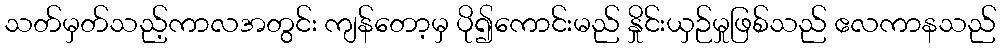
သတ်မှတ်သည့်ကာလအတွင်း ကျန်တော့မှ ပို၍ကောင်းမည် နှိုင်းယှဉ်မှုဖြစ်သည် ဧလကာနသည်